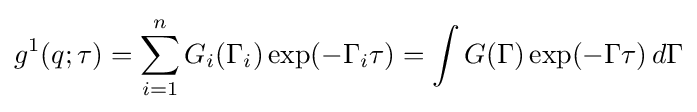
g^{1}(q;\tau )=\sum _{i=1}^{n}G_{i}(\Gamma _{i})\exp(-\Gamma _{i}\tau )=\int G(\Gamma )\exp(-\Gamma \tau )\,d\Gamma